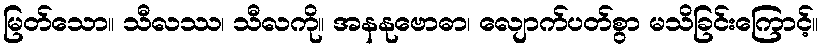
မြတ်သော။ သီလဿ၊ သီလကို။ အနနုဗောဓာ၊ လျောက်ပတ်စွာ မသိခြင်းကြောင့်။